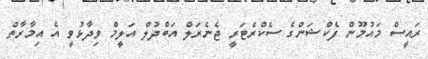
ރައީސް މައުމޫން ފެކްޝަންގެ ސެކްރެޓަރީ ޖެނެރަލް އަބްދުލް އަލީމް ވިދާޅުވީ އެ އިމާރާތް